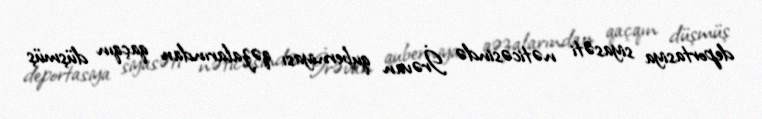
deportasiya siyasəti nəticəsində İrəvan quberniyası qəzalarından qaçqın düşmüş